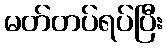
မတ်တပ်ရပ်ပြီး